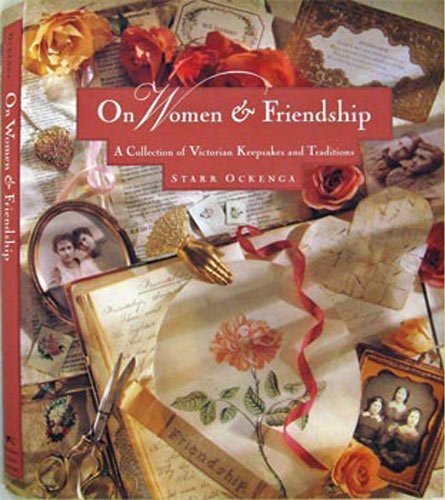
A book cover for On Women & Friendship: A Collection of Victorian Keepsakes and Traditions; Starr Ockenga; Crafts, Hobbies & Home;